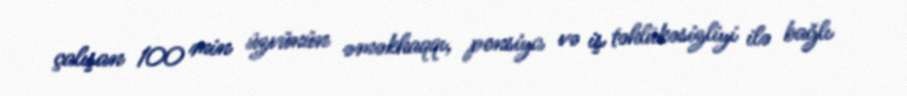
çalışan 100 min üzvünün əməkhaqqı, pensiya və iş təhlükəsizliyi ilə bağlı